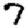
Digit: 7